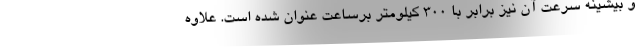
و بیشینه سرعت آن نیز برابر با 300 کیلومتر برساعت عنوان شده است. علاوه